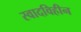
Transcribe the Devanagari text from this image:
स्वादविहीन